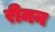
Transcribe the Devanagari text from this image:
रीमन